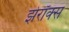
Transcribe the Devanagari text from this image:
झेरॉक्‍स